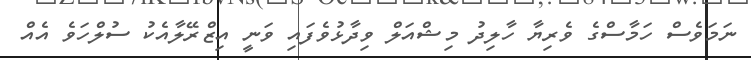
ނަމަވެސް ހަމާސްގެ ވެރިޔާ ހާލިދު މިޝްއަލް ވިދާޅުވެފައި ވަނީ އިޒްރޭލާއެކު ސުލްހަވެ އެއް